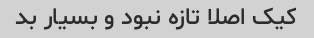
کیک اصلا تازه نبود و بسیار بد